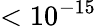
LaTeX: <10^{-15}